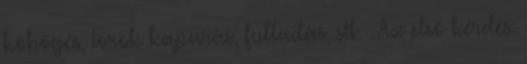
köhögés, torok kaparás, fulladás, stb. . Az elsõ kérdés: